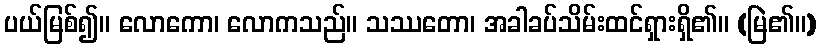
ပယ်မြစ်၍။ လောကော၊ လောကသည်။ သဿတော၊ အခါခပ်သိမ်းထင်ရှားရှိ၏။ (မြဲ၏။)